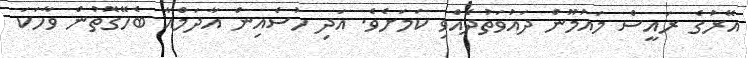
އޭރުގެ ރައީސް މައުމޫން ދައުވަތުދެއްވި ކަމަށެވެ. އަދި ހުސެއިން އާދަމްއާ ބެހޭގޮތުން ވާހަކަ